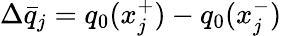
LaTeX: \Delta\bar{q}_{j}=q_{0}(x_{j}^{+})-q_{0}(x_{j}^{-})